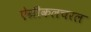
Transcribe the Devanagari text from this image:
ऐग्रीकलचरल